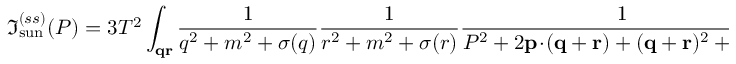
\Im _ { \mathrm { s u n } } ^ { ( s s ) } ( P ) = 3 T ^ { 2 } \int _ { \bf q r } { \frac { 1 } { q ^ { 2 } + m ^ { 2 } + \sigma ( q ) } } { \frac { 1 } { r ^ { 2 } + m ^ { 2 } + \sigma ( r ) } } { \frac { 1 } { P ^ { 2 } + 2 { \bf p } \! \cdot \! ( { \bf q } + { \bf r } ) + ( { \bf q } + { \bf r } ) ^ { 2 } + \Pi ( S ) } } \, ,